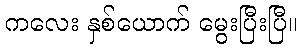
ကလေး နှစ်ယောက် မွေးပြီးပြီ။